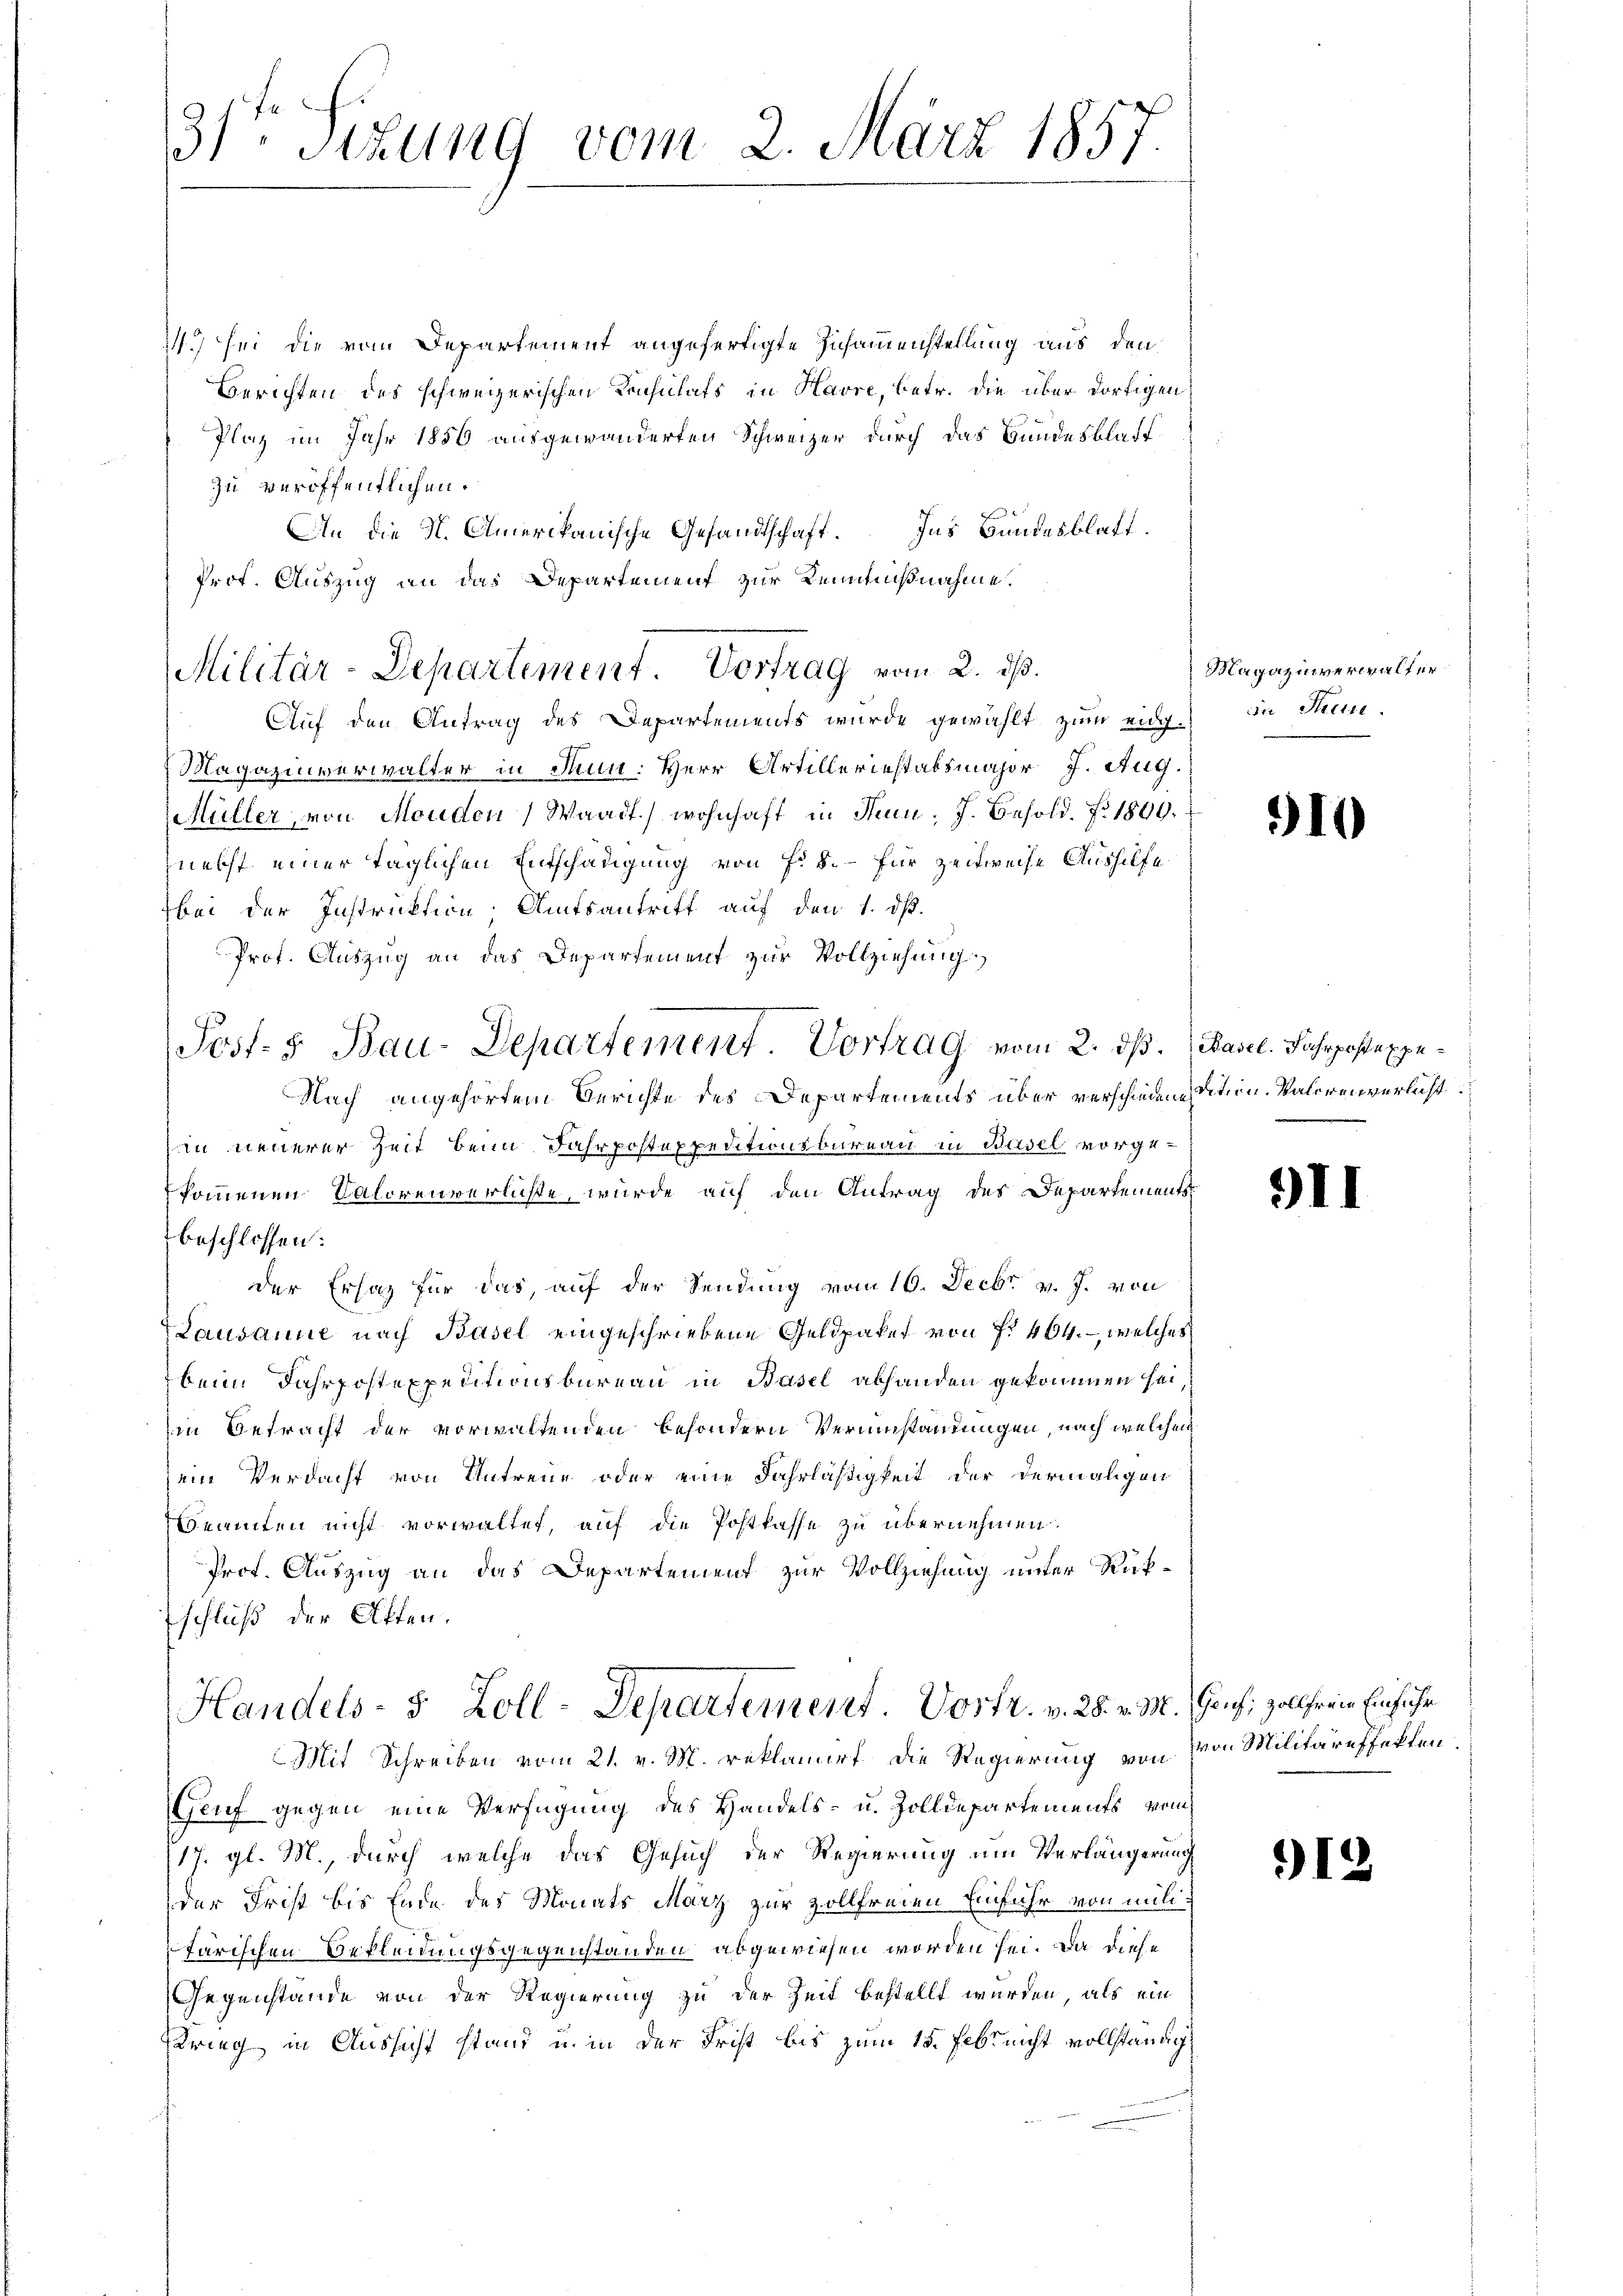
31ten Sizung vom 2. März 1857.

2) sei die vom Departement angefertigte Zusammenstellung aus den
Berichten des schweizerischen Konsulats in Havre, betr. die über dortigen
Plaz im Jahr 1856 ausgewanderten Schweizer durch das Bundesblatt
zu veröffentlichen
An die H. Amerikanische Gesandtschaft. Ins Bundesblatt.
Prof. Auszug an das Departement zur Kennnußnahme.
Auf den Antrag des Departements wurde gewählt zum eidg.
Magazinverwalter in Thun: Herr Artilleriestabsmajor J. Aug.
Müller, von Monden (Waadt) wohnhaft in Senn, J. Besold. No. 1890.
nebst einer täglichen Entschädigung von Fr. 5.- für zeitweise Aushilfe
bei der Instruktion Amtsantritt auf den 1. d.
Prof. Auszug an das Departement zur Vollziehung
Post- & Bau-Departement Vortrag vom 2. ds. (Basel. Fahrpostaxpe¬
Nach angehörtem Berichte des Departements über verschiedention. Valeren verlust
in neuerer Zeit beim Fahrpostexpeditionsbureau in Basel vorgekommenen Calorenverliste, wurde auf den Antrag des Departements
beschlossen:
der Ersaz für das, auf der Sendung vom 16. Decbr. v. J. von
Lausanne nach Basel eingeschriebene Geldpaket von f. 464. – welches
beim Jahrpostexpeditionsbureau in Basel abhanden gekommen sei
in Betracht der vorwaltenden besondern Verumstandungen, nach welchem
sein Verdacht von Antreue oder eine Fahrläßigkeit der dermaligen
Beamten nicht vorwaltet, auf die Postkasse zu übernehmen.
Prof. Auszug an das Departement zur Vollziehung unter Rükschluß der Akten.
Handels- 5 Zoll-Departement. Vortr. v. 28. v. M. Jauch, zollfrei Einführ
Mit Schreiben vom 21. v. M. reklamirt die Regierung von
Genf gegen eine Verfügung des Handels- u. Zolldepartements vom
17. gl. M., durch welche das Gesuch der Regierung am Verlängerung
der Frist bis Ende des Monats März zur vollfreien Einfuhr von milifärischen Bekleidungsgegenstanden abgewiesen worden sei. Da diese
Gegenstände von der Regierung zu der Zeit bestellt wurden, als ein
Krieg in Aussicht stand u. in der Frist bis zum 15. Febr. nicht vollständig

Militär-Departement. Vortrag vom 2. ds.

Magazinverwalter
sn Thun.

910

9II

von Militäreffekten.

12